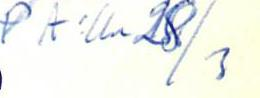
P A:lla 28/3